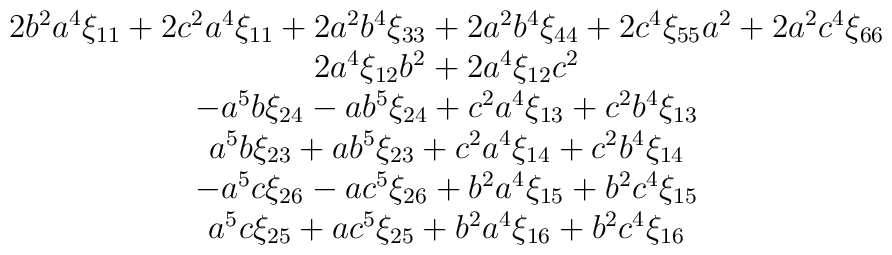
\begin{array}{*{20}c}   2b^{2}a^{4}\xi_{11}+2c^{2}a^{4}\xi_{11}+2a^{2}b^{4}\xi_{33}+2a^{2}b^{4}\xi_{44}+2c^{4}\xi_{55}a^{2}+2a^{2}c^{4}\xi_{66}  \\    2a^{4}\xi_{12}b^{2}+2a^{4}\xi_{12}c^{2} \\  -a^{5}b\xi_{24}-ab^{5}\xi_{24}+c^{2}a^{4}\xi_{13}+c^{2}b^{4}\xi_{13}  \\   a^{5}b\xi_{23}+ab^{5}\xi_{23}+c^{2}a^{4}\xi_{14}+c^{2}b^{4}\xi_{14}  \\   -a^{5}c\xi_{26}-ac^{5}\xi_{26}+b^{2}a^{4}\xi_{15}+b^{2}c^{4}\xi_{15} \\   a^{5}c\xi_{25}+ac^{5}\xi_{25}+b^{2}a^{4}\xi_{16}+b^{2}c^{4}\xi_{16}  \\\end{array}